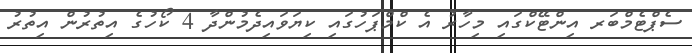
ސެޕްޓެމްބަރ އިންޓޭކްގައި މިހާރު އެ ކްމްޕަހުގައި ކިޔަވައިދެމުންދާ 4 ކޯހުގެ އިތުރުން އިތުރު